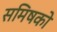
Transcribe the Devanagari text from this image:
समिषको